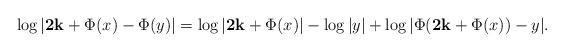
LaTeX: \begin{align*}\log|{\bf 2k}+\Phi(x)-\Phi(y)|=\log|{\bf 2k}+\Phi(x)|-\log|y|+\log|\Phi({\bf 2k}+\Phi(x))-y|.\end{align*}